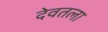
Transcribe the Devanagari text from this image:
देवतला